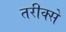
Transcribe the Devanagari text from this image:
तरीक्से